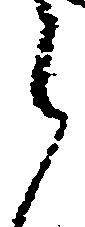
う